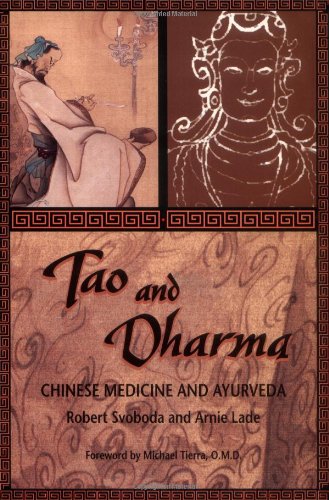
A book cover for Tao and Dharma: Chinese Medicine and Ayurveda; Robert Svoboda; Health, Fitness & Dieting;